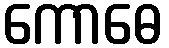
ကောဓေ